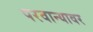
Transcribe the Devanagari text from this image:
परवान्यावर